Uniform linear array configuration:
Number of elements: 16
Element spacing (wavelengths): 1
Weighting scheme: binomial
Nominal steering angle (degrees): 15
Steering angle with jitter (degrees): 15.269
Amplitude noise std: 0.05
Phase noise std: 0.05

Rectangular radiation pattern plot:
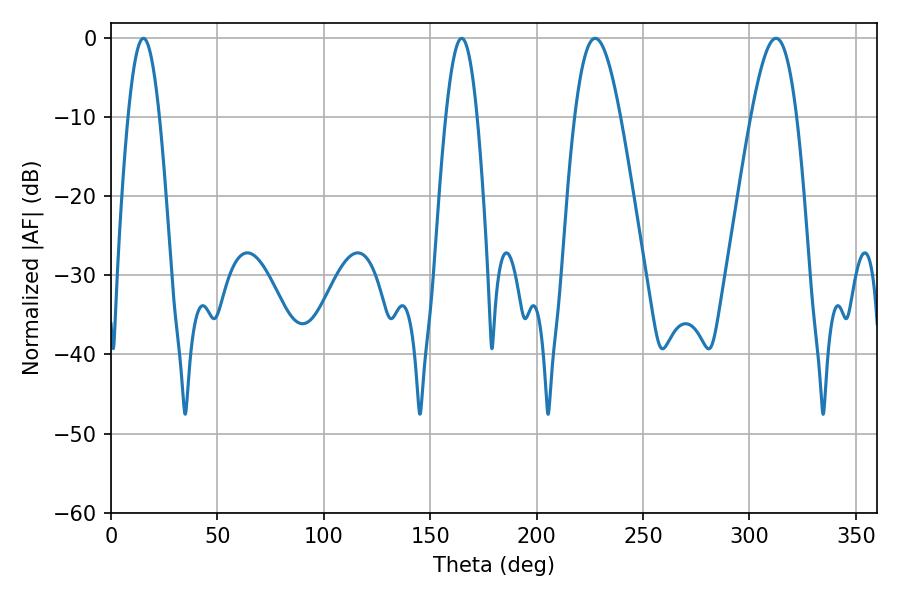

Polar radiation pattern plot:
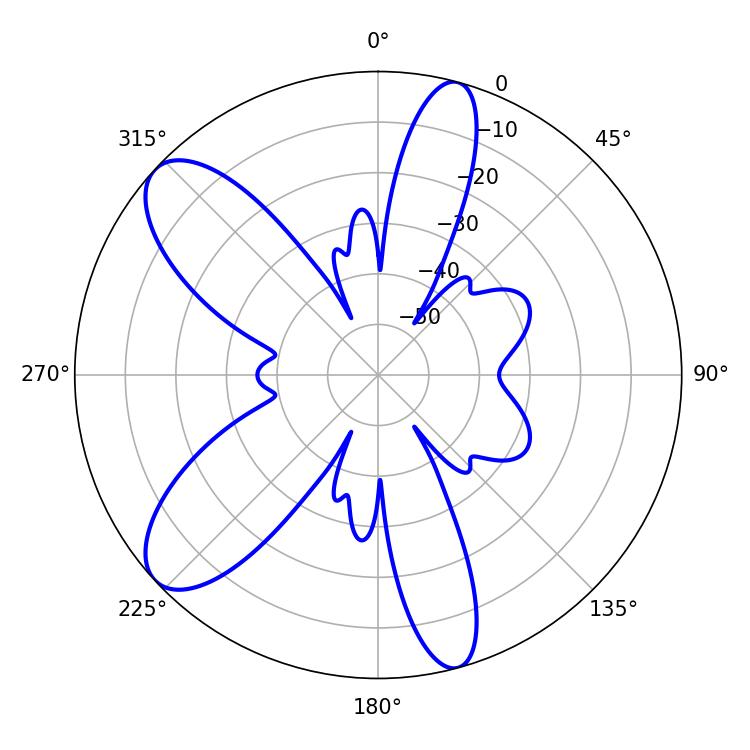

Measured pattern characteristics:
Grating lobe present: TRUE
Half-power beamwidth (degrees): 11.52
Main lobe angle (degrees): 227.52